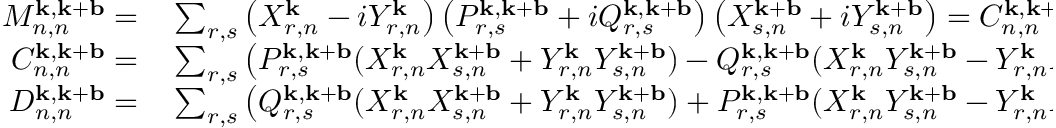
\begin{array} { r l } { M _ { n , n } ^ { \mathbf { k } , \mathbf { k } + \mathbf { b } } = } & { { } \sum _ { r , s } \left( X _ { r , n } ^ { \mathbf { k } } - i Y _ { r , n } ^ { \mathbf { k } } \right) \left( P _ { r , s } ^ { \mathbf { k } , \mathbf { k } + \mathbf { b } } + i Q _ { r , s } ^ { \mathbf { k } , \mathbf { k } + \mathbf { b } } \right) \left( X _ { s , n } ^ { \mathbf { k } + \mathbf { b } } + i Y _ { s , n } ^ { \mathbf { k } + \mathbf { b } } \right) = C _ { n , n } ^ { \mathbf { k } , \mathbf { k } + \mathbf { b } } + i D _ { n , n } ^ { \mathbf { k } , \mathbf { k } + \mathbf { b } } , } \\ { C _ { n , n } ^ { \mathbf { k } , \mathbf { k } + \mathbf { b } } = } & { { } \sum _ { r , s } \left( P _ { r , s } ^ { \mathbf { k } , \mathbf { k } + \mathbf { b } } ( X _ { r , n } ^ { \mathbf { k } } X _ { s , n } ^ { \mathbf { k } + \mathbf { b } } + Y _ { r , n } ^ { \mathbf { k } } Y _ { s , n } ^ { \mathbf { k } + \mathbf { b } } ) - Q _ { r , s } ^ { \mathbf { k } , \mathbf { k } + \mathbf { b } } ( X _ { r , n } ^ { \mathbf { k } } Y _ { s , n } ^ { \mathbf { k } + \mathbf { b } } - Y _ { r , n } ^ { \mathbf { k } } X _ { s , n } ^ { \mathbf { k } + \mathbf { b } } ) \right) , } \\ { D _ { n , n } ^ { \mathbf { k } , \mathbf { k } + \mathbf { b } } = } & { { } \sum _ { r , s } \left( Q _ { r , s } ^ { \mathbf { k } , \mathbf { k } + \mathbf { b } } ( X _ { r , n } ^ { \mathbf { k } } X _ { s , n } ^ { \mathbf { k } + \mathbf { b } } + Y _ { r , n } ^ { \mathbf { k } } Y _ { s , n } ^ { \mathbf { k } + \mathbf { b } } ) + P _ { r , s } ^ { \mathbf { k } , \mathbf { k } + \mathbf { b } } ( X _ { r , n } ^ { \mathbf { k } } Y _ { s , n } ^ { \mathbf { k } + \mathbf { b } } - Y _ { r , n } ^ { \mathbf { k } } X _ { s , n } ^ { \mathbf { k } + \mathbf { b } } ) \right) . } \end{array}